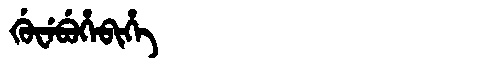
Manchu: ᡤᡠᠸᡝᠪᡠᡥᡝᠪᡳᡥᡝ
Romanization: GUWEBUHEBIHE